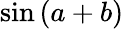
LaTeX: \sin\left(a+b\right)